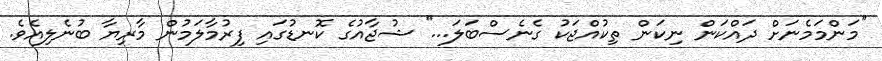
''މަންމަމެނަށް ދައްކަން ނިކަން ތިކުއްޖަކު ގެނެސްބަލަ...'' ޝުޖާއުގެ ކޮނޑުގައި ފިރުމާލަމުން މާރިޔާ ބުނެލިއެވެ.